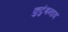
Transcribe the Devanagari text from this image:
कुटुंबनाव